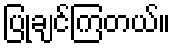
ပြုချင်ကြတယ်။